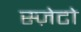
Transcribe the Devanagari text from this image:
स्ज़ेटो